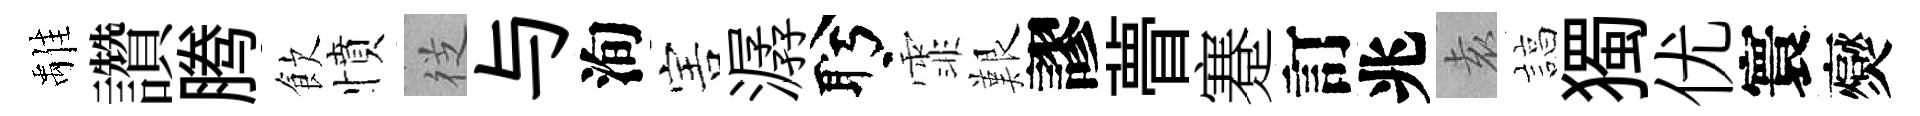
𩀌讚腾飲憤徔与洵害潺盻霏艱謬瞢蹇訂兆𡊮諄獨优寰爕